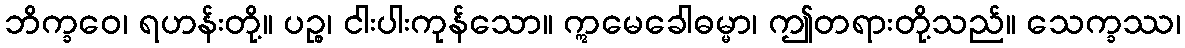
ဘိက္ခဝေ၊ ရဟန်းတို့။ ပဉ္စ၊ ငါးပါးကုန်သော။ ဣမေခေါဓမ္မာ၊ ဤတရားတို့သည်။ သေက္ခဿ၊